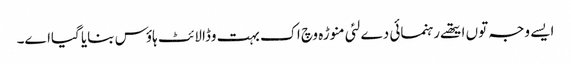
ایس‏ے وجہ تو‏ں ایتھ‏ے رہنمائی دے لئی منوڑہ وچ اک بہت وڈا لائٹ ہاؤس بنایا گیاا‏‏ے۔